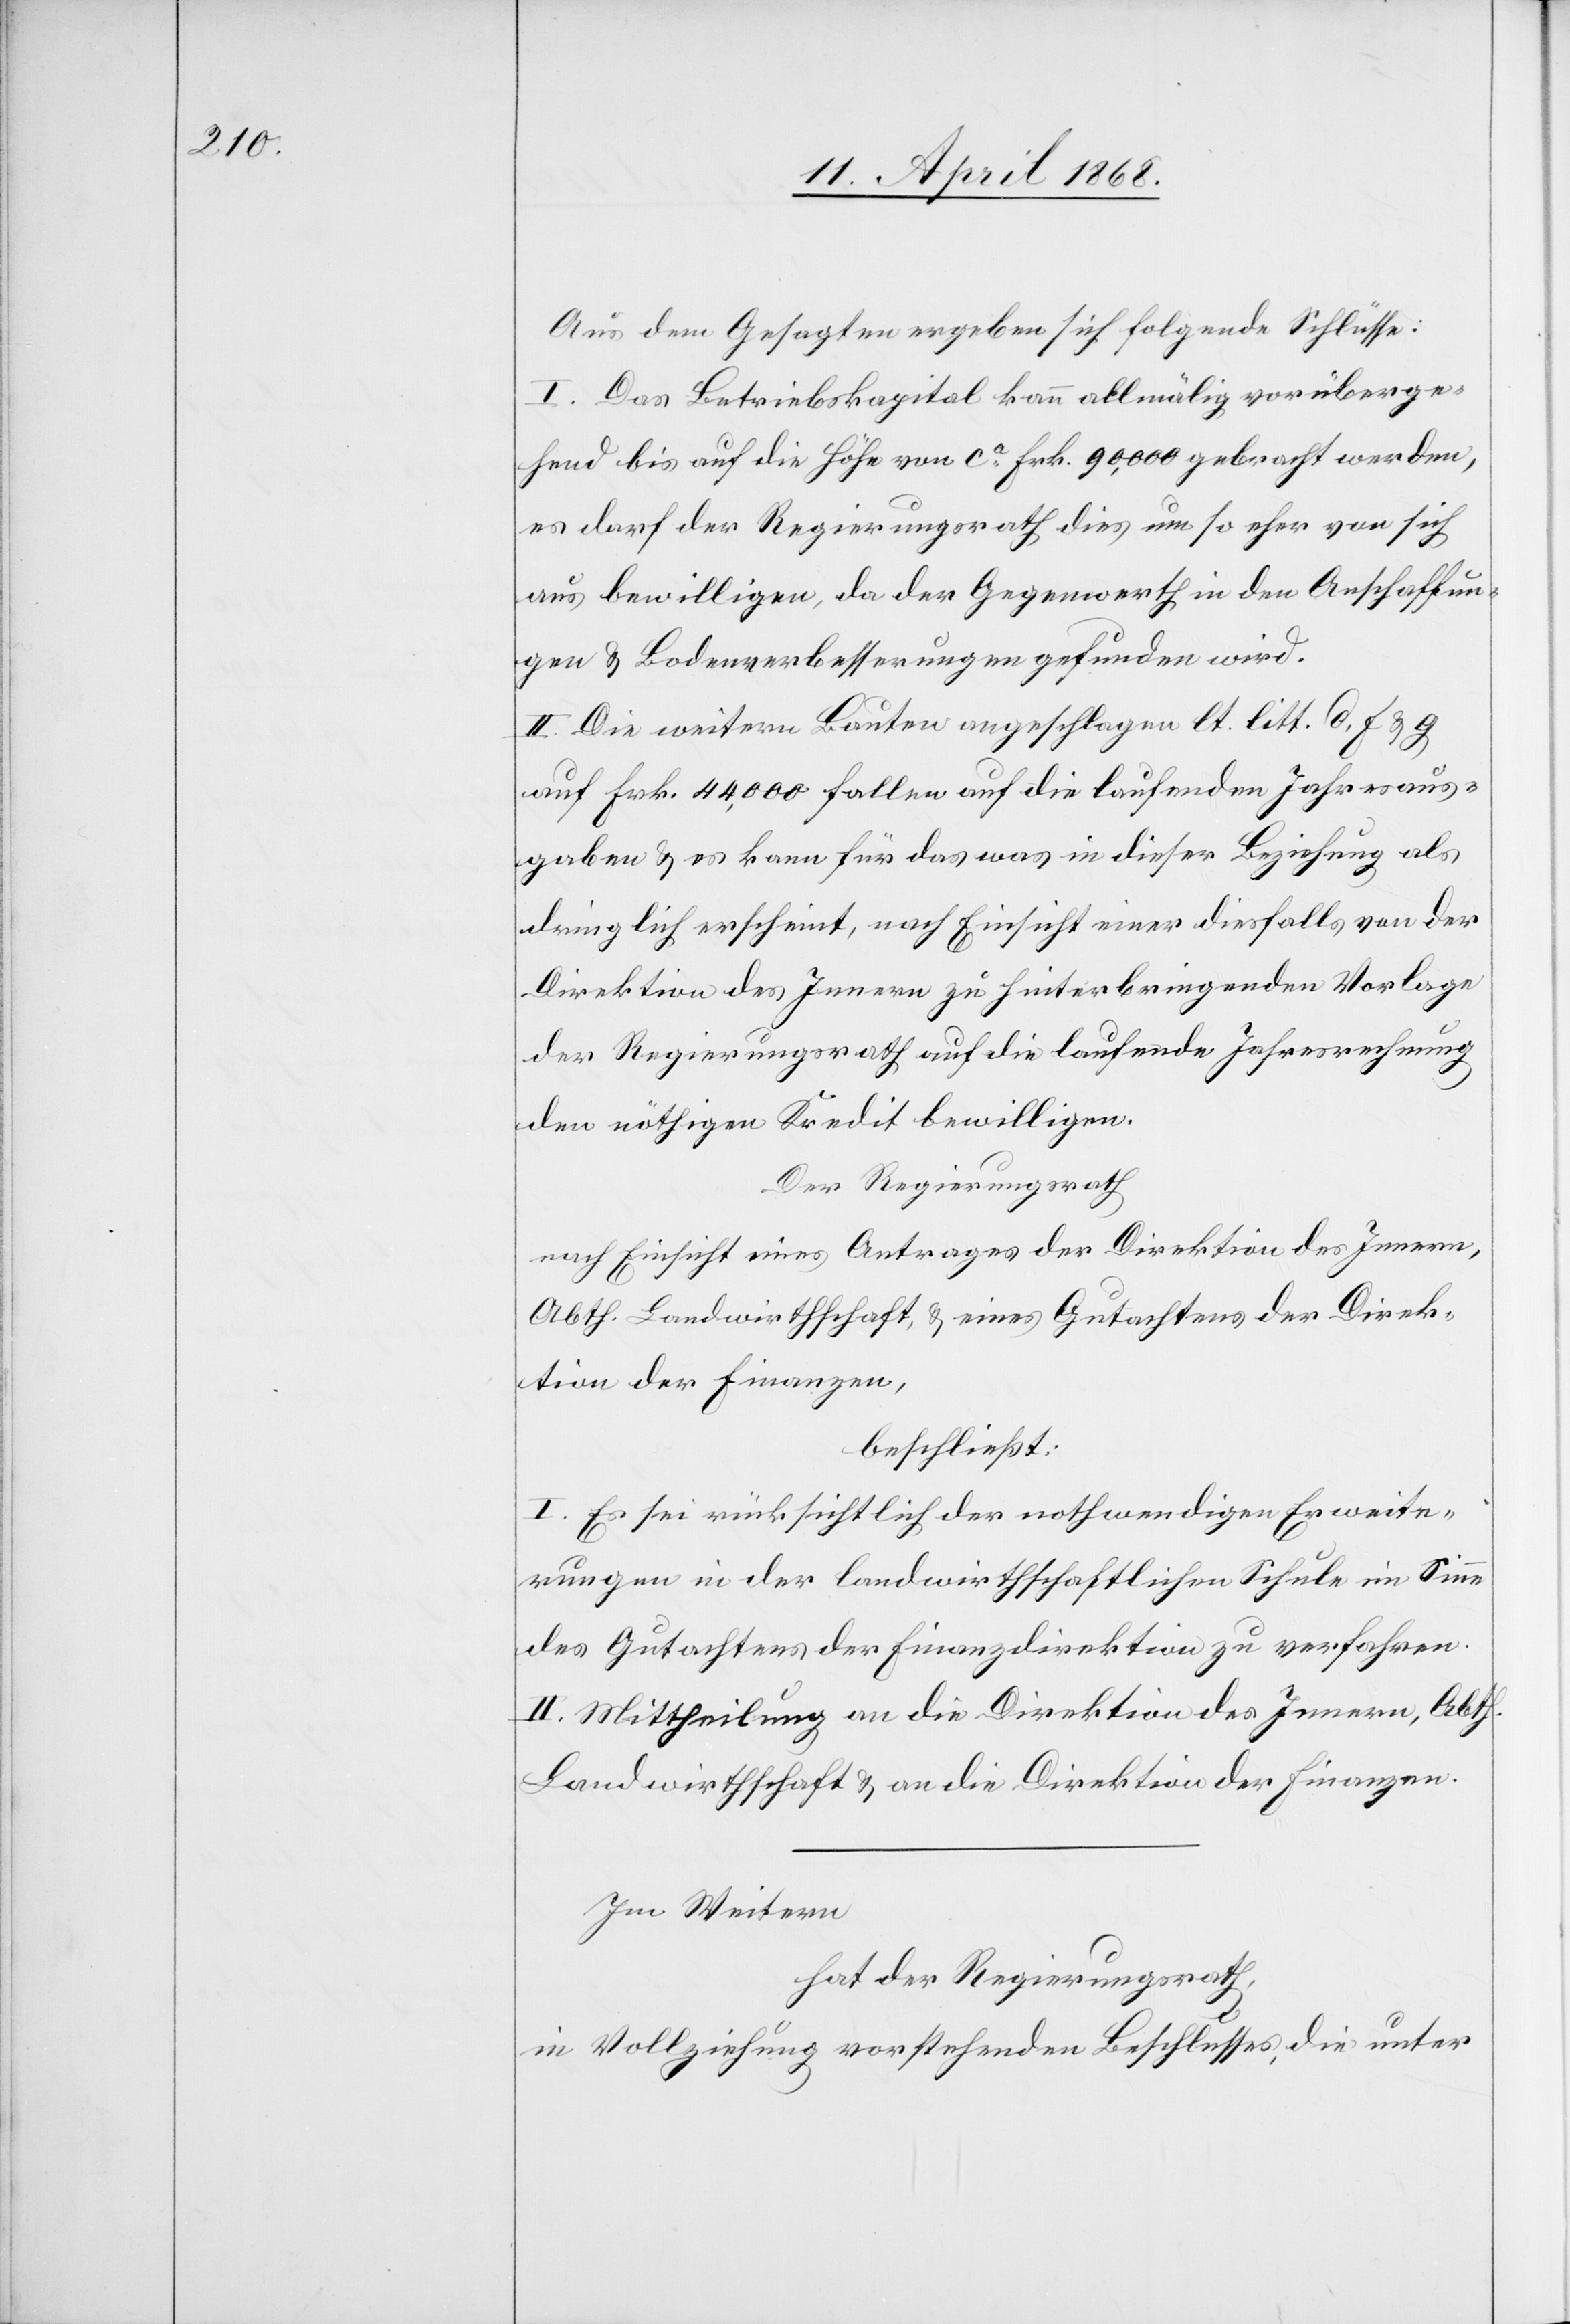
Aus dem Gesagten ergeben sich folgende Schlüsse:
I. Das Betriebskapital kann allmälig vorüberge¬
hend bis auf die Höhe von ca. Frk. 90,000 gebracht werden,
es darf der Regierungsrath dies um so eher von sich
aus bewilligen, da der Gegenwerth in den Anschaffun¬
gen & Bodenverbesserungen gefunden wird.
II. Die weitern Bauten angeschlagen lt. litt. d, f & g
auf Frk. 44,000 fallen auf die laufenden Jahresaus¬
gaben & es kann für das was in dieser Beziehung als
dringlich erscheint, nach Einsicht einer diesfalls von der
Direktion des Innern zu hinterbringenden Vorlage
der Regierungsrath auf die laufende Jahresrechnung
den nöthigen Kredit bewilligen.
Der Regierungsrath
nach Einsicht eines Antrages der Direktion des Innern,
Abth. Landwirthschaft & eines Gutachtens der Direk¬
tion der Finanzen,
beschließt:
I. Es sei rücksichtlich der nothwendigen Erweite¬
rungen in der landwirthschaftlichen Schule im Sinne
des Gutachtens der Finanzdirektion zu verfahren.
II. Mittheilung an die Direktion des Innern, Abth.
Landwirthschaft & an die Direktion der Finanzen.
Im Weitern
hat der Regierungsrath,
in Vollziehung vorstehenden Beschlusses, die unter